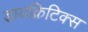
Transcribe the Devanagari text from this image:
डायक्रिटिक्स